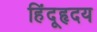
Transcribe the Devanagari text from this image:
हिंदूहृदय